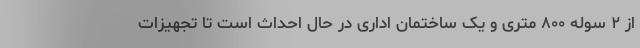
از ۲ سوله ۸۰۰ متری و یک ساختمان اداری در حال احداث است تا تجهیزات